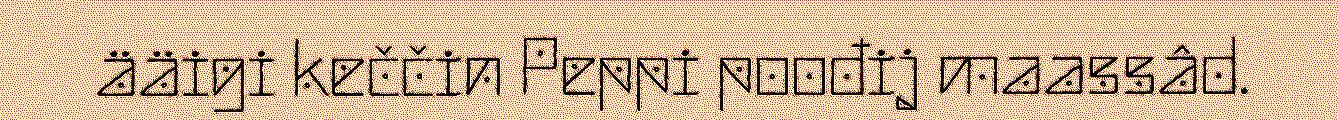
ääigi keččin Peppi poođij maassâd.